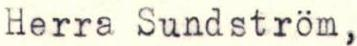
Herra Sundström,